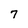
Character: 7